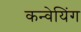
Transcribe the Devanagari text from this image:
कन्वेयिंग